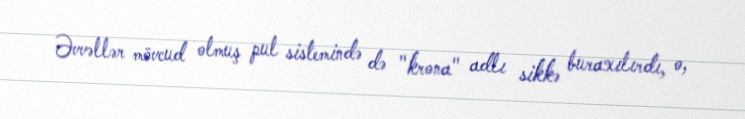
Əvvəllər mövcud olmuş pul sistemində də "krona" adlı sikkə buraxılırdı, o,